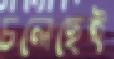
চলেছেই